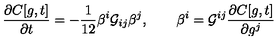
\frac { \partial C [ g , t ] } { \partial t } = - \frac { 1 } { 1 2 } \beta ^ { i } { \cal G } _ { i j } \beta ^ { j } , \qquad \beta ^ { i } = { \cal G } ^ { i j } \frac { \partial C [ g , t ] } { \partial g ^ { j } }